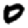
Digit: 0